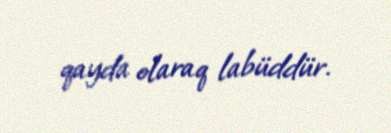
qayda olaraq labüddür.